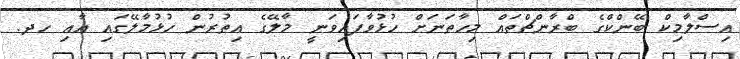
އިސްލާމިކް ބޭންކްގެ ބްރާންޗްތައް މިހާތަނަށް ހުޅުވާފައިވަނީ މާލޭގެ އިތުރުން ހުޅުމާލޭގައި އާއި ހދ.